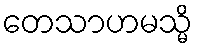
တေသာဟမသ္မိ